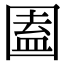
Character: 圔